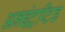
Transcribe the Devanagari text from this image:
अनइंट्रप्टि़ड